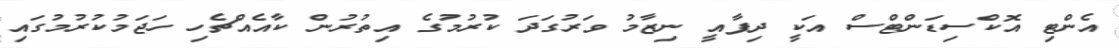
އެންޓި އޮކްސިޑަންޓްސް އަކީ ދިފާއީ ނިޒާމު ވަރުގަދަ ކުރުމުގެ އިތުރުން ކާއެއްޗެހި ހަޖަމުކުރުމުގައި